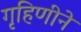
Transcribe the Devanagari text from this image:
गृहिणीने